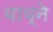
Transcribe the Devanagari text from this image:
बाय्ने